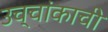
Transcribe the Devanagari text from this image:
उच्चांकाची